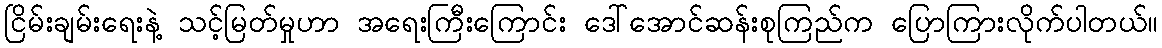
ငြိမ်းချမ်းရေးနဲ့ သင့်မြတ်မှုဟာ အရေးကြီးကြောင်း ဒေါ်အောင်ဆန်းစုကြည်က ပြောကြားလိုက်ပါတယ်။